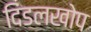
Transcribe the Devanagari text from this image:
दिंडलखोप